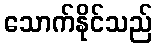
သောက်နိုင်သည်